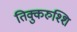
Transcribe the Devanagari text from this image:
तिक्कुरुश्शि